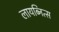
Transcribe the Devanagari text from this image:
लायब्नित्स